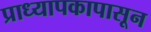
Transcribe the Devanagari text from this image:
प्राध्यापकापासून